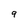
Character: 9